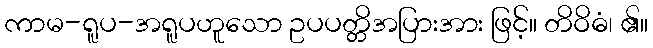
ကာမ-ရူပ-အရူပဟူသော ဥပပတ္တိအပြားအား ဖြင့်။ တိဝိဓံ၊ ၏။